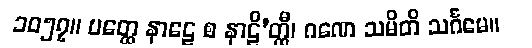
၁၀၅၇။ ပတ္ထေ နာဠေ စ နာဠိ’တ္ထီ၊ ဂဏေ သမိတိ သင်္ဂမေ။